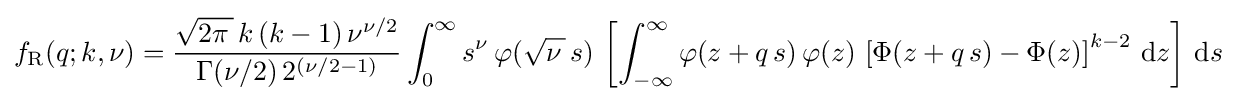
f_{\text{R}}(q;k,\nu )={\frac {{\sqrt {2\pi \,}}\,k\,(k-1)\,\nu ^{\nu /2}}{\Gamma (\nu /2)\,2^{\left(\nu /2-1\right)}}}\int _{0}^{\infty }s^{\nu }\,\varphi ({\sqrt {\nu \,}}\,s)\,\left[\int _{-\infty }^{\infty }\varphi (z+q\,s)\,\varphi (z)\,\left[\Phi (z+q\,s)-\Phi (z)\right]^{k-2}\,\mathrm {d} z\right]\,\mathrm {d} s